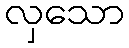
လှသော